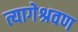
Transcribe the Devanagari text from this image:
त्यागेश्रवण